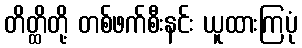
တိတ္ထိတို့ တစ်ဖက်စီးနင်း ယူထားကြပုံ